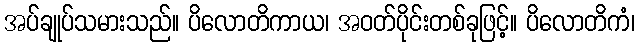
အပ်ချုပ်သမားသည်။ ပိလောတိကာယ၊ အဝတ်ပိုင်းတစ်ခုဖြင့်။ ပိလောတိကံ၊